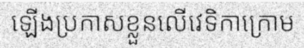
ឡើងប្រកាសខ្លួនលើវេទិកាក្រោម